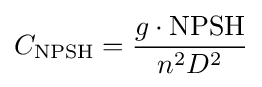
C_{\text{NPSH}}={\frac {g\cdot {\text{NPSH}}}{n^{2}D^{2}}}